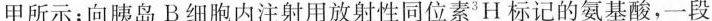
甲所示；向胰岛B细胞内注射用放射性同位素^{3}H标记的氨基酸，一段